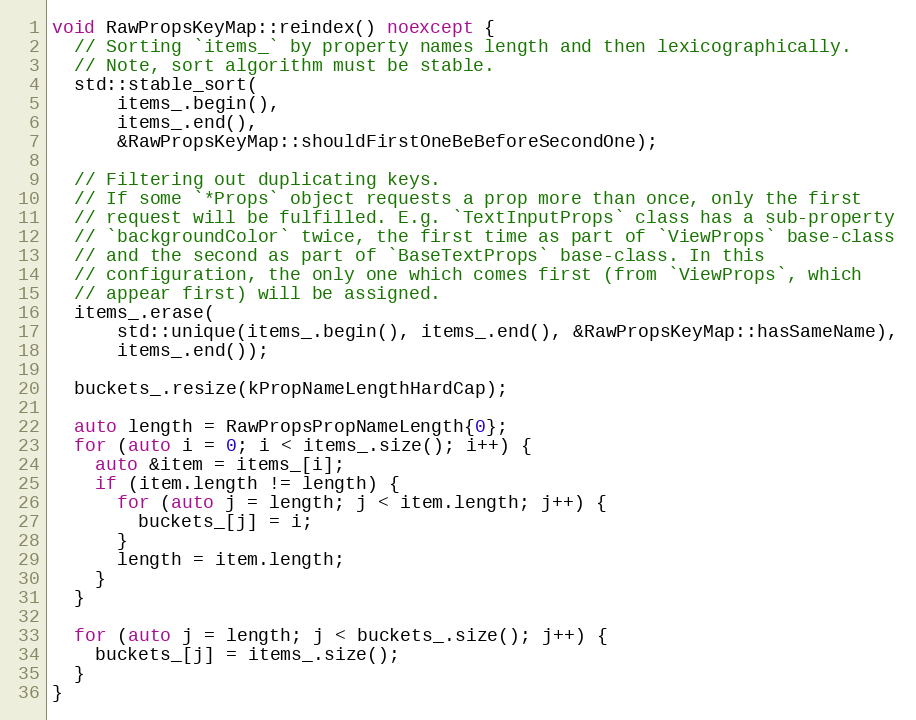
Language: C++
void RawPropsKeyMap::reindex() noexcept {
  // Sorting `items_` by property names length and then lexicographically.
  // Note, sort algorithm must be stable.
  std::stable_sort(
      items_.begin(),
      items_.end(),
      &RawPropsKeyMap::shouldFirstOneBeBeforeSecondOne);

  // Filtering out duplicating keys.
  // If some `*Props` object requests a prop more than once, only the first
  // request will be fulfilled. E.g. `TextInputProps` class has a sub-property
  // `backgroundColor` twice, the first time as part of `ViewProps` base-class
  // and the second as part of `BaseTextProps` base-class. In this
  // configuration, the only one which comes first (from `ViewProps`, which
  // appear first) will be assigned.
  items_.erase(
      std::unique(items_.begin(), items_.end(), &RawPropsKeyMap::hasSameName),
      items_.end());

  buckets_.resize(kPropNameLengthHardCap);

  auto length = RawPropsPropNameLength{0};
  for (auto i = 0; i < items_.size(); i++) {
    auto &item = items_[i];
    if (item.length != length) {
      for (auto j = length; j < item.length; j++) {
        buckets_[j] = i;
      }
      length = item.length;
    }
  }

  for (auto j = length; j < buckets_.size(); j++) {
    buckets_[j] = items_.size();
  }
}